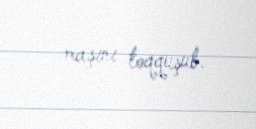
maşını toqquşub.